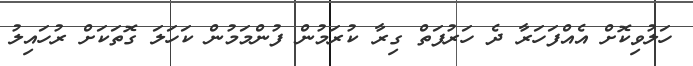
ހަލުވިކޮށް އެއްފަހަރާ ދެ ހަރުފަތް ގިރާ ކުރަމުން ފުންމަމުން ކަހަލަ ގޮތަކަށް ރުހައިލު